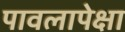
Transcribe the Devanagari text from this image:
पावलापेक्षा